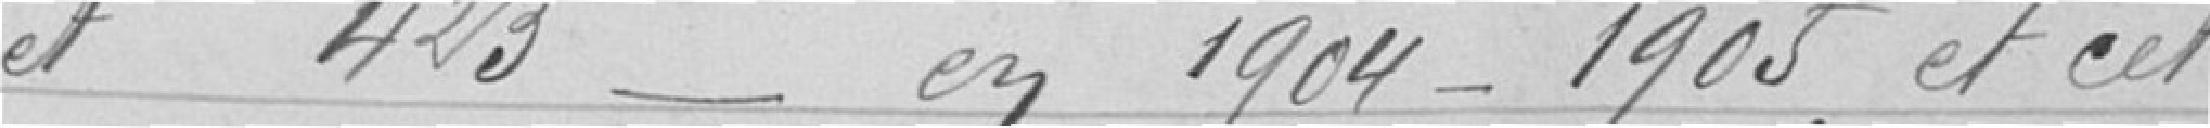
reçu 423 élèves en 1904-1905, et cet